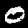
Digit: 0